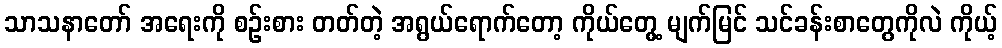
သာသနာတော် အရေးကို စဉ်းစား တတ်တဲ့ အရွယ်ရောက်တော့ ကိုယ်တွေ့ မျက်မြင် သင်ခန်းစာတွေကိုလဲ ကိုယ့်